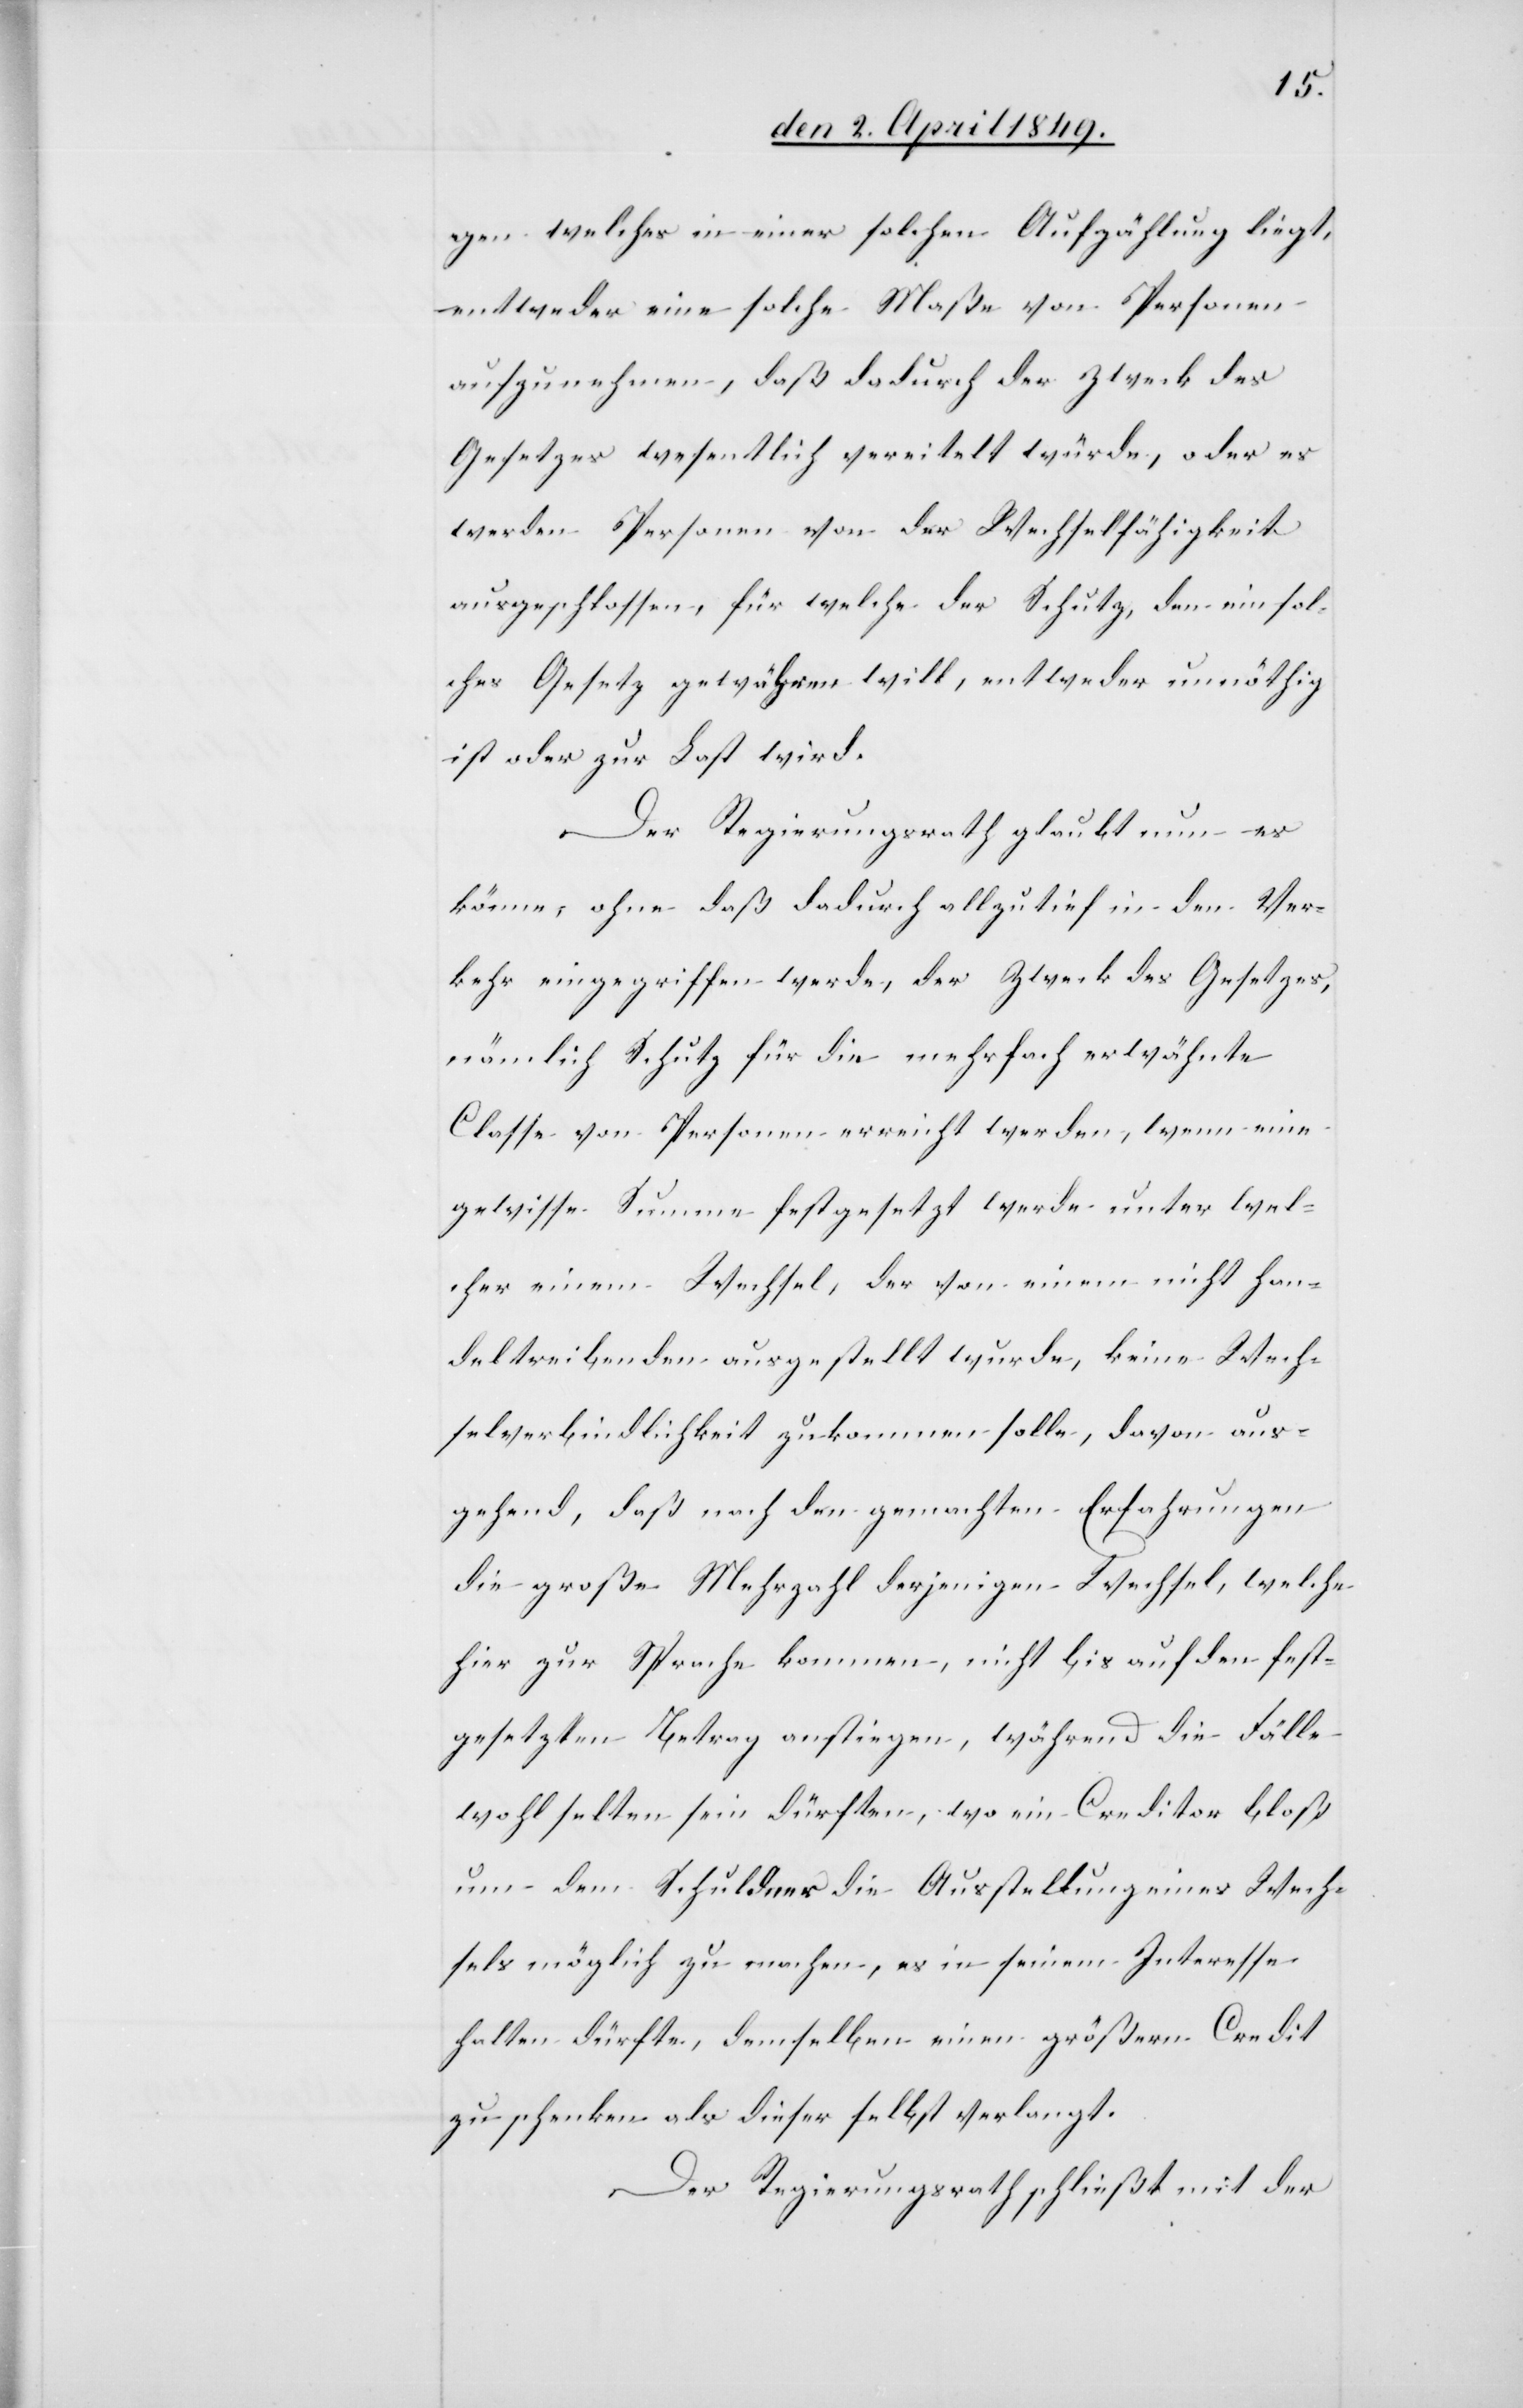
gen welches in einer falschen Aufzählung liegt,
entweder eine solche Maße von Personen
aufzunehmen, daß dadurch der Zweck des
Gesetzes wesentlich vereitelt würde, oder es
werden Personen von der Wechselfähigkeit
ausgeschlossen, für welche der Schutz, den ein fal¬
sches Gesetz gewähren will, entweder unnöthig
ist oder zur Last wird.
Der Regierungsrath glaubt nun es
könne, ohne daß dadurch allzu tief in den Ver¬
kehr eingegriffen werde, der Zweck des Gesetzes,
nämlich Schutz für die mehrfach erwähnte
Classe von Personen erreicht werden, wenn eine
gewisse Summe festgesetzt werde unter wel¬
cher einem Wechsel, der von einem nicht Han¬
deltreibenden ausgestellt wurde, keine Wech¬
selverbindlichkeit zukommen solle, davon aus¬
gehend, daß nach den gemachten Erfahrungen
die große Mehrzahl derjenigen Wechsel, welche
hier zur Sprache kommen, nicht bis auf den fest¬
gesetzten Betrag anstiegen, während die Fälle
wohl selten sein dürften, wo ein Creditor bloß
um dem Schuldner die Ausstellung eines Wech¬
sels möglich zu machen, es in seinem Interesse
halten dürfte, demselben einen größern Credit
zu schenken als dieser selbst verlangt.
Der Regierungsrath schließ mit der